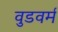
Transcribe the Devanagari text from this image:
वुडवर्म